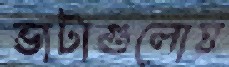
ভাটাগুলোয়